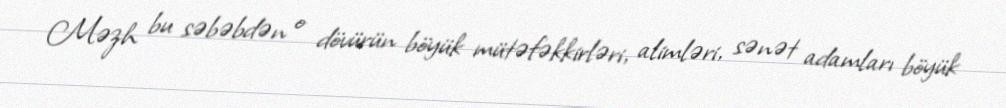
Məzh bu səbəbdən o dövürün böyük mütəfəkkirləri, alimləri, sənət adamları böyük